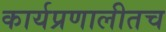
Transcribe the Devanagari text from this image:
कार्यप्रणालीतच